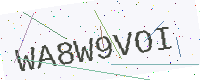
Text: WA8W9VOI